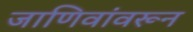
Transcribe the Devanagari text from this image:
जाणिवांवरून